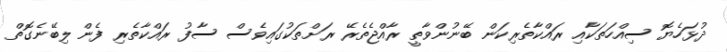
ދުޅަހެޔޮ ސިއްހަތަކާއި ރައްކާތެރިކަން ބޭނުންވާތީ ރާއްޖެތެރޭ ރަށްތަކުގައިވެސް ސާފު ރައްކާތެރި ފެން ލިބޭނެގޮތް